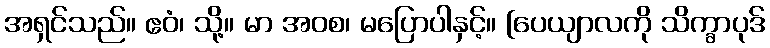
အရှင်သည်။ ဧဝံ၊ သို့။ မာ အဝစ၊ မပြောပါနှင့်။ [ပေယျာလကို သိက္ခာပုဒ်